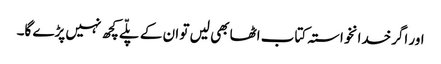
اور اگرخدانخواستہ کتاب اٹھا بھی لیں تو ان کے پلّے کچھ نہیں پڑے گا۔